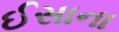
ઈસાના